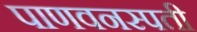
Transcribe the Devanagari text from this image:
पाणवनस्पती